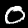
Label: 0